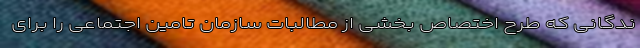
ندگانی که طرح اختصاص بخشی از مطالبات سازمان تامین اجتماعی را برای